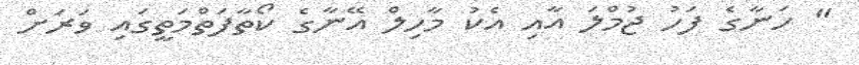
" ހަނާގެ ފަހު ޖުމްލަ އާއި އެކު މާހިލް އޭނާގެ ކޯތާފަތްމަތީގައި ވަރަށް